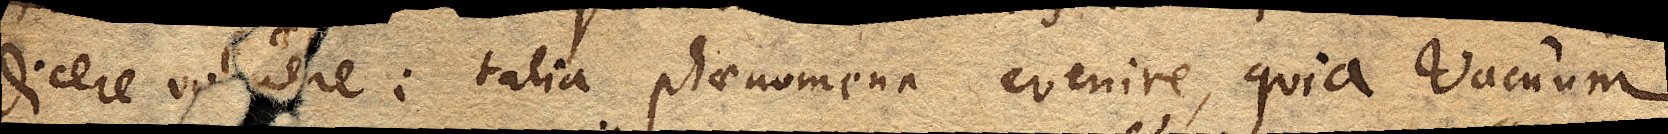
dicere voluere: talia phaenomena evenire, quia Vacuum